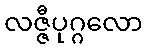
လဇ္ဇီပုဂ္ဂလော